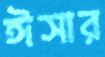
ঈসার